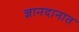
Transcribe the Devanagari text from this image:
ज्ञानदानात